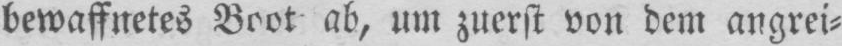
bewaffnetes Boot ab, um zuerst von dem angrei⸗